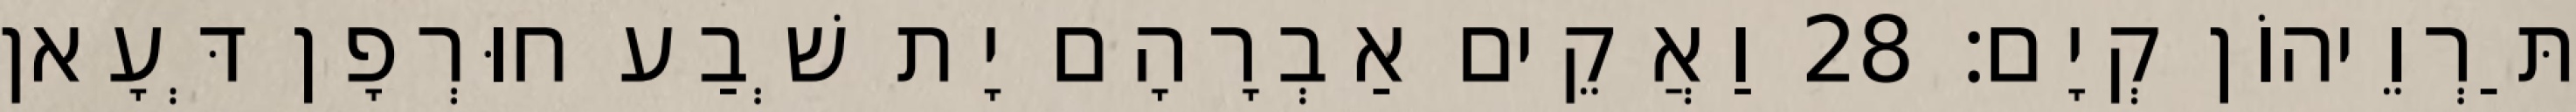
תַּרְוֵיהוֹן קְיָם׃ 28 וַאֲקֵים אַבְרָהָם יָת שְׁבַע חוּרְפָן דְּעָאן